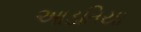
આડતિયા